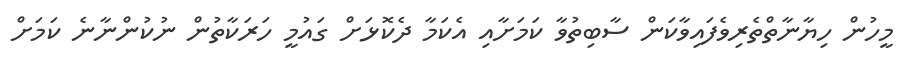
މީހުން ހިޔާނާތްތެރިވެފައިވާކަން ސާބިތުވާ ކަމަށާއި އެކަމާ ދެކޮޅަށް ގައުމީ ހަރަކާތުން ނުކުންނާނެ ކަމަށް